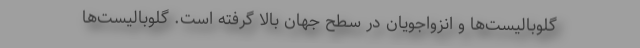
گلوبالیست‌ها و انزواجویان در سطح جهان بالا گرفته است. گلوبالیست‌ها